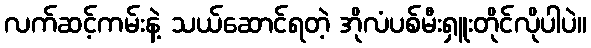
လက်ဆင့်ကမ်းနဲ့ သယ်ဆောင်ရတဲ့ အိုလံပစ်မီးရှူးတိုင်လိုပါပဲ။